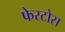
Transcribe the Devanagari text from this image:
फेस्टोस